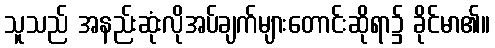
သူသည် အနည်းဆုံးလိုအပ်ချက်များတောင်းဆိုရာ၌ ခိုင်မာ၏။